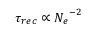
\tau _ { r e c } \propto { N _ { e } } ^ { - 2 }